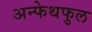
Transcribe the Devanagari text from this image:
अन्फेथफुल